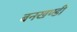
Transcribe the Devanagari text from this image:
बनखण्डी